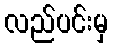
လည်ပင်းမှ